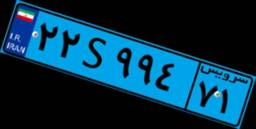
۲۲S۹۹۴۷۱